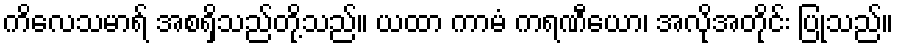
ကိလေသမာရ် အစရှိသည်တို့သည်။ ယထာ ကာမံ ကရဏီယော၊ အလိုအတိုင်း ပြုသည်။